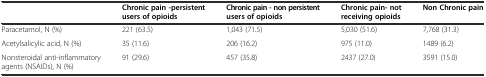
<table><thead><tr><td></td><td><b>Chronic pain -persistent users of opioids</b></td><td><b>Chronic pain - non persistent users of opioids</b></td><td><b>Chronic pain- not receiving opioids</b></td><td><b>Non Chronic pain</b></td></tr></thead><tbody><tr><td>Paracetamol, N (%)</td><td>221 (63.5)</td><td>1,043 (71.5)</td><td>5,030 (51.6)</td><td>7,768 (31.3)</td></tr><tr><td>Acetylsalicylic acid, N (%)</td><td>35 (11.6)</td><td>206 (16.2)</td><td>975 (11.0)</td><td>1489 (6.2)</td></tr><tr><td>Nonsteroidal anti-inflammatory agents (NSAIDs), N (%)</td><td>91 (29.6)</td><td>457 (35.8)</td><td>2437 (27.0)</td><td>3591 (15.0)</td></tr></tbody></table>